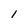
Character: I